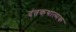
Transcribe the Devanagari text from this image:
दंतकथात्मक